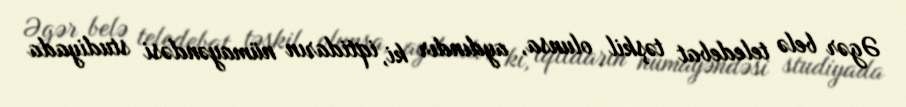
Əgər belə teledebat təşkil olunsa, aydındır ki, iqtidarın nümayəndəsi studiyada